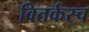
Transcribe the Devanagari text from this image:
वितर्कस्च